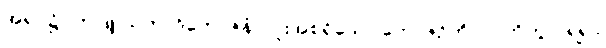
အရပ်၌။ ကုဒြူ သကာဒိဘောဇနံ၊ လူးအစရှိသော ဘောဇဉ်ကို။ လဘိတွာ၊ ရ၍။